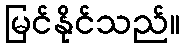
မြင်နိုင်သည်။